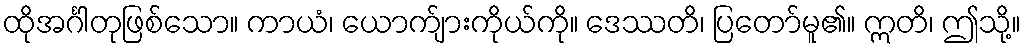
ထိုအင်္ဂါတုဖြစ်သော။ ကာယံ၊ ယောက်ျားကိုယ်ကို။ ဒေဿတိ၊ ပြတော်မူ၏။ ဣတိ၊ ဤသို့။